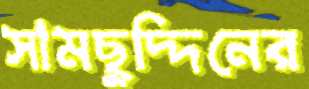
সামছুদ্দিনের